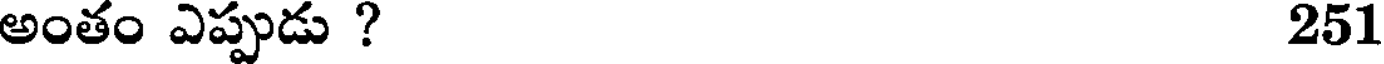
అంతం ఎప్పుడు ? 251